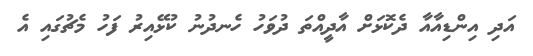
އަދި އިންޑިއާއާ ދެކޮޅަށް އާދީއްތަ ދުވަހު ހެނދުނު ކުޅޭއިރު ފަހު މެޗުގައި އެ